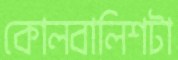
কোলবালিশটা